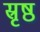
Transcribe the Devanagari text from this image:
स्रृष्ठ